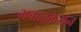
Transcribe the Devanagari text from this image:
भवाळकरांन